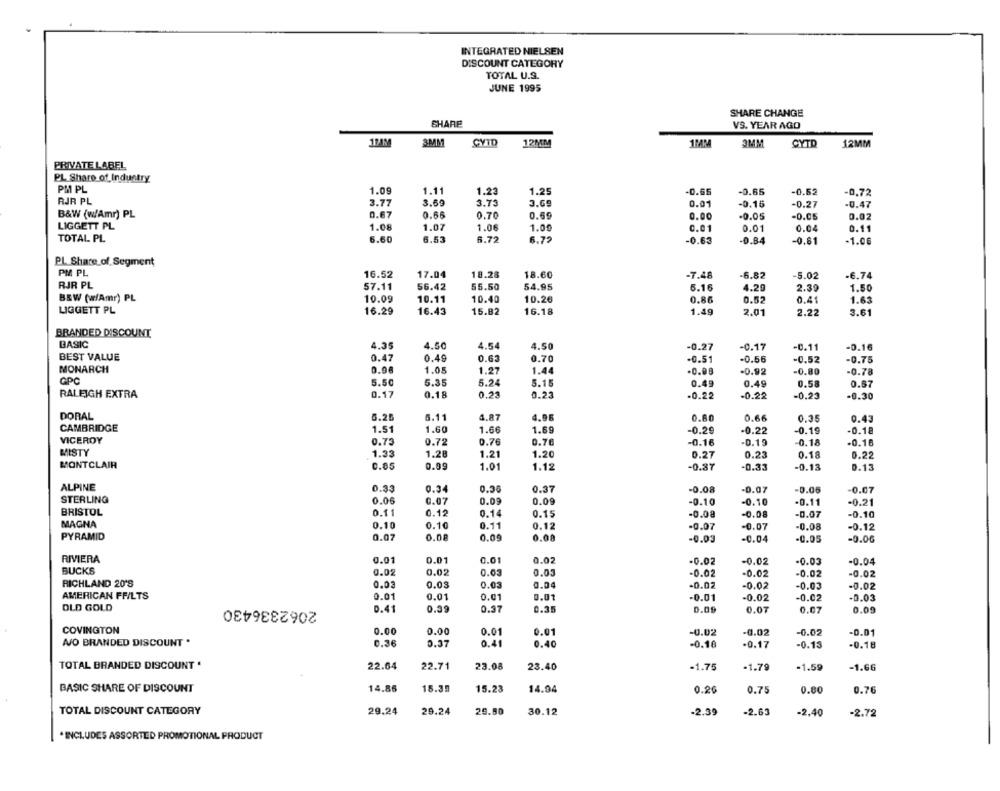
INTEGRATED NIELSEN
DISCOUNT CATEGORY
TOTAL U.S.
JUNE 1995
SHARE CHANGE
SHARE
VS. YEAR AGO
17AM
3MM
CYTO
12MM
3MM
CYTD
1PAR
12MM
PRIVATE LABEL
PL Share of Industry
PM PL
1.09
1.11
1.23
1.25
-0.65
-0.65
-0.62
-0.72
RJR PL
3.77
3.69
3.73
3.69
0.01
-0.15
-0.27
-0.47
B&W (w/Amr) PL
0.67
0.66
0.70
0.59
0.00
-0.05
-0.05
0.02
LIGGETT PL
1.08
1.07
1.06
1.00
0.01
0.01
0.04
0.11
TOTAL PL
6.60
6.53
6.72
6.72
-0.63
-0.84
-0.81
-1.06
PL Share of Segment
PM PL
16.52
17.04
18.28
18.60
-7.48
6.82
-5.02
-6.74
RJR PL
57.11
56.42
55.50
54.95
4.20
5.16
2.39
1.50
BEW (w/Amr) PL
10.09
10.11
10.40
10.26
0.85
0.52
0.41
1.63
LIGGETT PL
16.29
16.43
15.82
16.18
1.49
2.01
2.22
3.61
BRANDED DISCOUNT
BASIC
4.35
4.50
4.54
4.50
-0.27
-0.17
-0.11
-0.16
BEST VALUE
0.63
0.47
0.49
0.70
-0.5
-0.56
-0.52
-0.75
MONARCH
0.08
1.05
1.27
1.44
-0.98
-0.92
-0.80
-0.78
GPC
5.50
5.35
5.24
5.15
0.49
0.49
0.58
0.67
RALEIGH EXTRA
0.17
0.18
0.23
0.23
-0.22
-0.22
-0.23
-0.30
DORAL
5.25
6.11
4.87
4.98
0.80
0.66
0.35
0.43
CAMBRIDGE
1.51
1.60
1.66
1.69
-0.29
-0.22
-0.19
-0.1
VICEROY
0.73
0.72
0.76
0.76
-0.16
-0.19
-0.18
-0.16
MISTY
1.33
1.28
1.21
1.20
0.27
0.23
0.18
0.22
MONTCLAIR
0.05
0.99
1.01
1.12
-0.87
-0.33
-0.13
0.13
ALPINE
0.33
0.34
0.36
0.37
-0.08
-0.07
-0.06
-0.07
STERLING
0.06
0.07
0.09
0.09
-0.10
-0.10
-0.11
-0.21
BRISTOL
0.11
0.12
0.14
0.15
-0.08
-0.08
-0.07
-0.10
MAGNA
0.10
0.10
0.11
0.12
-0.07
-0.07
-0.08
-0.12
PYRAMID
0.07
0.08
0.09
0.08
-0.03
-0.04
-0.05
-0.00
RIVIERA
0.01
0.01
0.01
0.02
-0.02
-0.02
-0.03
-0.04
BUCKS
0.02
0.02
0.03
0.03
-0.02
-0.02
-0.02
-0.02
RICHLAND 20'S
0.03
0.03
0.03
0.04
-0.02
-0.02
-0.03
-0.02
AMERICAN FFILTS
2062336430
0.01
0.01
0.01
0.01
-0.01
-0.02
-0.02
-0.03
OLD GOLD
0.41
0.39
0.37
0.35
0.09
0.07
0.07
0.09
COVINGTON
0.00
0.00
0.01
0.01
-0.02
-0.02
-0.02
-0.01
NO BRANDED DISCOUNT .
0.36
0.37
0.41
0.40
-0.16
-0.17
-0.13
-0.18
TOTAL BRANDED DISCOUNT .
22.71
22.64
23.08
23.40
-1.75
-1.79
-1.59
-1.66
BASIC SHARE OF DISCOUNT
14.86
15.30
15.23
14.94
0.26
0.75
0.80
0.76
TOTAL DISCOUNT CATEGORY
29.24
29.24
29.50
30.12
-2.39
-2.63
-2.40
-2.72
*INCLUDES ASSORTED PROMOTIONAL PRODUCT